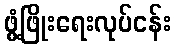
ဖွံ့ဖြိုးရေးလုပ်ငန်း